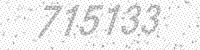
Solution: 715133